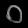
Digit: ၀